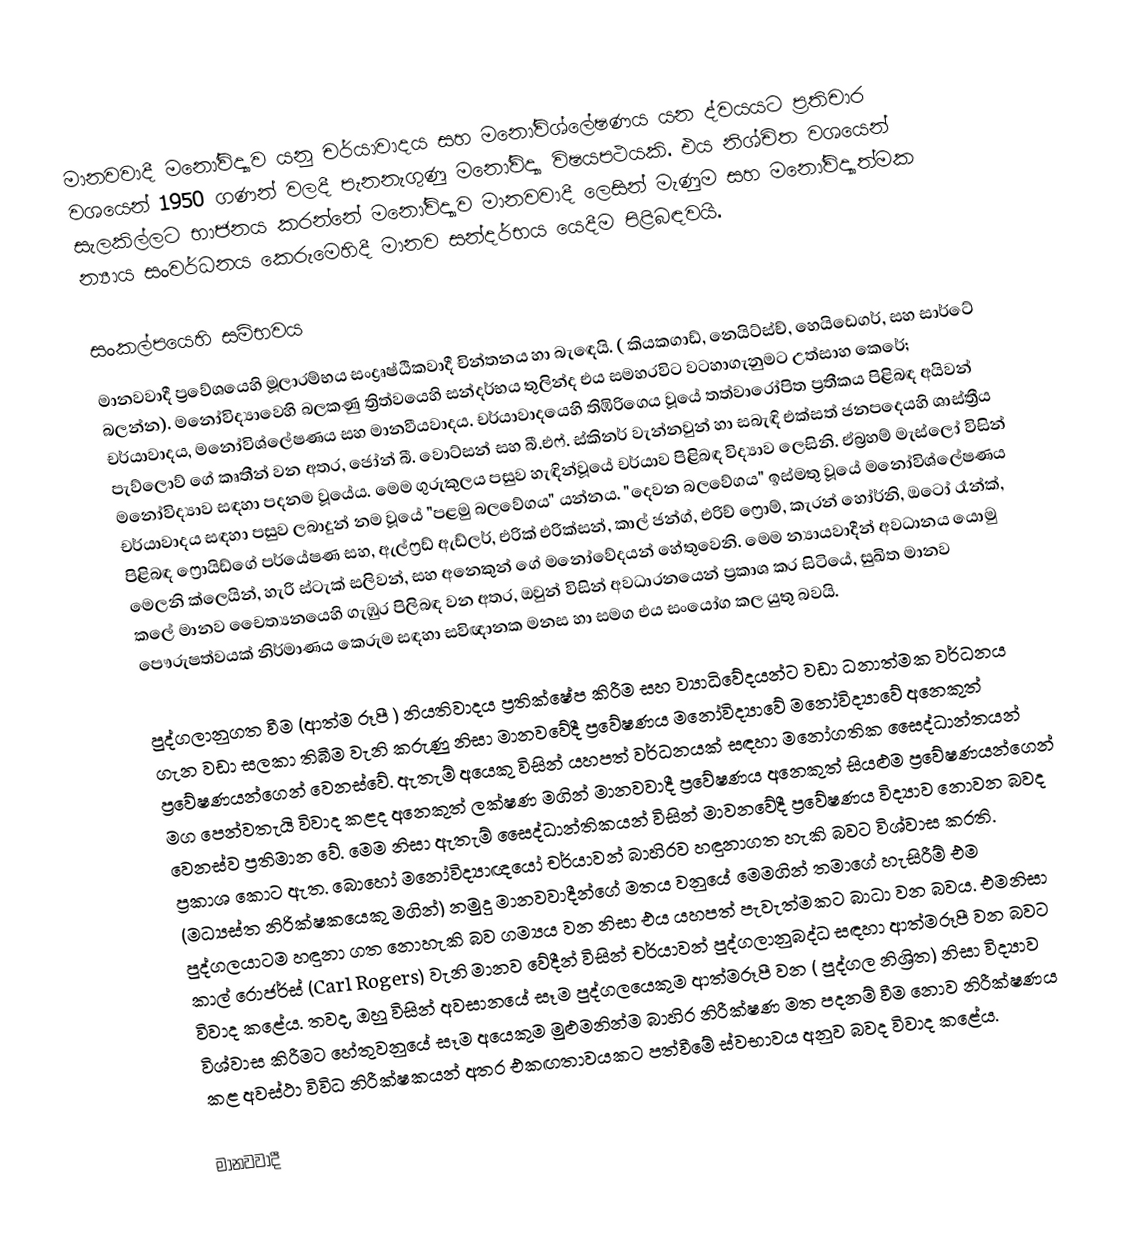
මානවවාදී මනෝවිද්‍යාව යනු චර්යාවාදය සහ මනෝවිශ්ලේෂණය යන ද්වයයට ප්‍රතිචාර වශයෙන් 1950 ගණන් වලදී පැනනැගුණු මනෝවිද්‍යා විෂයපථයකි. එය නිශ්චිත වශයෙන් සැලකිල්ලට භාජනය කරන්නේ මනෝවිද්‍යාව මානවවාදී ලෙසින් මැණුම සහ මනෝවිද්‍යාත්මක න්‍යාය සංවර්ධනය කෙරුමෙහිදී මානව සන්දර්භය යෙදීම පිළිබඳවයි.

සංකල්පයෙහි සම්භවය
මානවවාදී ප්‍රවේශයෙහි මූලාරම්භය  සංද්‍රෘෂ්ඨිකවාදී චින්තනය හා බැඳෙයි. ( කියකගාඩ්, නෙයිට්ස්ච්, හෙයිඩෙගර්, සහ සාර්ටේ බලන්න).  මනෝවිද්‍යාවෙහි බලකණු  ත්‍රිත්වයෙහි සන්දර්භය තුලින්ද එය සමහරවිට වටහාගැනුමට උත්සාහ කෙරේ; චර්යාවාදය, මනෝවිශ්ලේෂණය සහ මානවීයවාදය. චර්යාවාදයෙහි තිඹිරිගෙය වූයේ  තත්වාරෝපිත ප්‍රතීකය පිළිබඳ අයිවන්  පැව්ලොව් ගේ කෘතීන් වන අතර,  ජෝන්  බී. වොට්සන් සහ  බී.එෆ්. ස්කිනර් වැන්නවුන් හා සබැඳි එක්සත් ජනපදෙයහි ශාස්ත්‍රීය මනෝවිද්‍යාව සඳහා පදනම  වූයේය.  මෙම ගුරුකුලය පසුව හැඳින්වූ‍යේ චර්යාව පිළිබඳ  විද්‍යාව ලෙසිනි. ඒබ්‍රහම්  මැස්ලෝ විසින් චර්යාවාදය සඳහා පසුව ලබාදුන් නම වූයේ  "පළමු බලවේගය" යන්නය. "දෙවන බලවේගය" ඉස්මතු වූයේ  මනෝවිශ්ලේෂණය පිළිබඳ ෆ්‍රොයිඩ්ගේ පර්යේෂණ සහ, ඇල්ෆ්‍රඩ් ඇඩ්ලර්, එරික් එරික්සන්, කාල් ජන්ග්, එරිච් ෆ්‍රොම්, කැරන් හෝර්නි, ඔටෝ රෑන්ක්, මෙලනි ක්ලෙයින්, හැරි ස්ටැක් සලිවන්, සහ අනෙකුන් ගේ මනෝවේදයන් හේතුවෙනි.  මෙම න්‍යායවාදීන් අවධානය යොමු කලේ මානව චෛත්‍යනයෙහි ගැඹුර පිලිබඳ වන අතර, ඔවුන් විසින් අවධාරනයෙන් ප්‍රකාශ කර සිටියේ, සුඛිත මානව පෞරුෂත්වයක් නිර්මාණය කෙරුම සඳහා සවිඥානක මනස හා සමග එය සංයෝග කල යුතු බවයි.

පුද්ගලානුගත වීම (ආත්ම රූපී ) නියතිවාදය ප්‍රතික්ෂේප කිරීම සහ ව්‍යාධිවේදයන්ට වඩා ධනාත්මක වර්ධනය ගැන වඩා සලකා තිබීම වැනි කරුණු නිසා මානවවේදී ප්‍රවේෂණය මනෝවිද්‍යාවේ මනෝවිද්‍යාවේ අනෙකුත් ප්‍රවේෂණයන්ගෙන් වෙනස්වේ. ඇතැම් අයෙකු විසින් යහපත් වර්ධනයක් සඳහා මනෝගතික සෛද්ධාන්තයන් මග පෙන්වතැයි විවාද කළද අනෙකුත් ලක්ෂණ මගින් මානවවාදී ප්‍රවේෂණය අනෙකුත් සියළුම ප්‍රවේෂණයන්ගෙන් වෙනස්ව ප්‍රතිමාන වේ. මෙම නිසා ඇතැම් සෛද්ධාන්තිකයන් විසින් මාවනවේදී ප්‍රවේෂණය විද්‍යාව නොවන බවද ප්‍රකාශ කොට ඇත. බොහෝ මනෝවිද්‍යාඥයෝ චර්යාවන් බාහිරව හඳුනාගත හැකි බවට විශ්වාස කරති. (මධ්‍යස්ත නිරික්ෂකයෙකු මගින්) නමුදු මානවවාදීන්ගේ මතය වනුයේ මෙමගින් තමාගේ හැසිරීම් එම පුද්ගලයාටම හඳුනා ගත නොහැකි බව ගම්‍යය වන නිසා එය යහපත් පැවැත්මකට බාධා වන බවය. එමනිසා කාල් රොජර්ස් (Carl Rogers) වැනි මානව වේදීන් විසින් චර්යාවන් පුද්ගලානුබද්ධ සඳහා ආත්මරූපී වන බවට විවාද කළේය. තවද, ඔහු විසින් අවසානයේ සෑම පුද්ගලයෙකුම ආත්මරූපී වන ( පුද්ගල නිශ්‍රිත) නිසා විද්‍යාව විශ්වාස කිරීමට හේතුවනුයේ සෑම අයෙකුම මුළුමනින්ම බාහිර නිරීක්ෂණ මත පදනම් වීම නොව නිරීක්ෂණය කළ අවස්ථා විවිධ නිරීක්ෂකයන් අතර එකඟතාවයකට පත්වීමේ ස්වභාවය අනුව බවද විවාද කළේය.

මානවවාදී